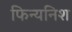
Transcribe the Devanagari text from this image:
फिन्यनिश